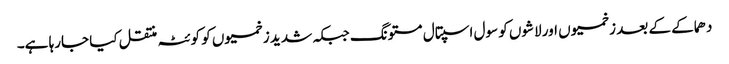
دھماکے کے بعد زخمیوں اور لاشوں کو سول اسپتال مستونگ جبکہ شدید زخمیوں کو کوئٹہ منتقل کیا جارہا ہے۔